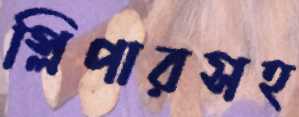
স্লিপারসহ